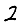
Digit: 2